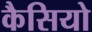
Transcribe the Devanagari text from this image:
कैसियो